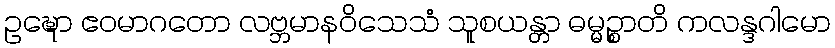
ဥဍ္ဎော ဧဝမာဂတော လဗ္ဘမာနဝိသေသံ သူစယန္တာ ဓမ္မဉ္စာတိ ကလန္ဒဂါမော